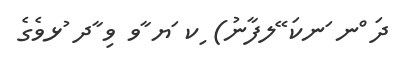
ދަ ްނ ަނކަ ޭލފާނު) ިކ ަޔ ާވ ވި ާދ ުޅވެގެ